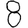
Digit: 8